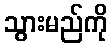
သွားမည်ကို